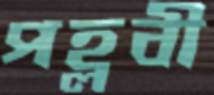
পহ্লবী